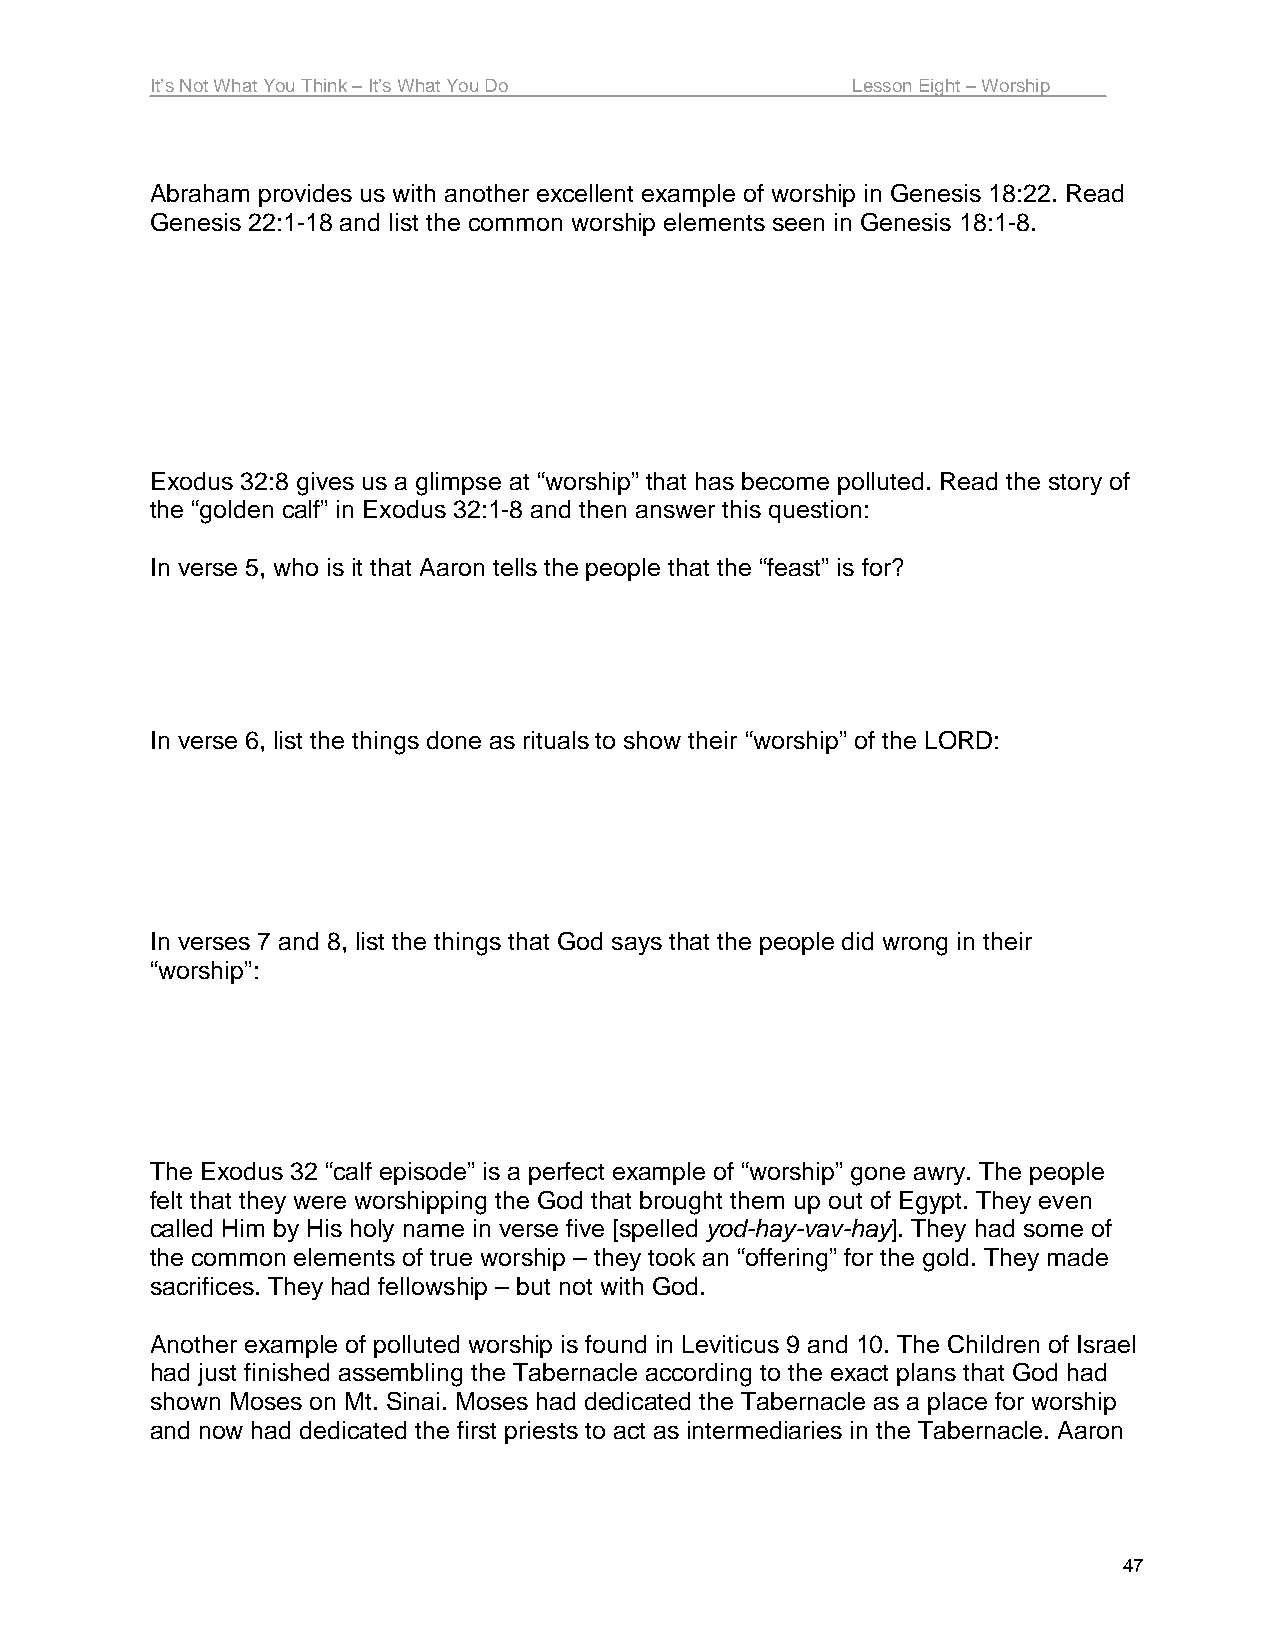
It’s Not What You Think – It’s What You Do    Lesson Eight – Worship
 Abraham provides us with another excellent example of worship in Genesis 18:22. Read
 Genesis 22:1-18 and list the common worship elements seen in Genesis 18:1-8.
 Exodus 32:8 gives us a glimpse at “worship” that has become polluted. Read the story of
 the “golden calf” in Exodus 32:1-8 and then answer this question:
 In verse 5, who is it that Aaron tells the people that the “feast” is for?
 In verse 6, list the things done as rituals to show their “worship” of the LORD:
 In verses 7 and 8, list the things that God says that the people did wrong in their
 “worship”:
 The Exodus 32 “calf episode” is a perfect example of “worship” gone awry. The people
 felt that they were worshipping the God that brought them up out of Egypt. They even
 called Him by His holy name in verse five [spelled yod-hay-vav-hay]. They had some of
 the common elements of true worship – they took an “offering” for the gold. They made
 sacrifices. They had fellowship – but not with God.
 Another example of polluted worship is found in Leviticus 9 and 10. The Children of Israel
 had just finished assembling the Tabernacle according to the exact plans that God had
 shown Moses on Mt. Sinai. Moses had dedicated the Tabernacle as a place for worship
 and now had dedicated the first priests to act as intermediaries in the Tabernacle. Aaron
 47